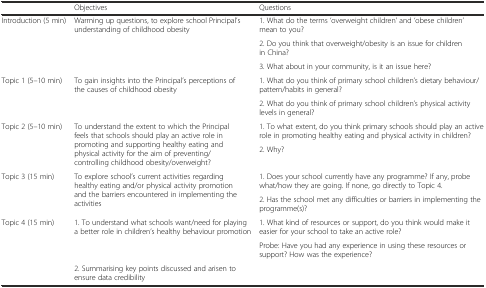
<table><thead><tr><td></td><td><b>Objectives</b></td><td><b>Questions</b></td></tr></thead><tbody><tr><td rowspan="3">Introduction (5 min)</td><td rowspan="3">Warming up questions, to explore school Principal’s understanding of childhood obesity</td><td>1. What do the terms ‘overweight children’ and ‘obese children’ mean to you?</td></tr><tr><td>2. Do you think that overweight/obesity is an issue for children in China?</td></tr><tr><td>3. What about in your community, is it an issue here?</td></tr><tr><td rowspan="2">Topic 1 (5–10 min)</td><td rowspan="2">To gain insights into the Principal’s perceptions of the causes of childhood obesity</td><td>1. What do you think of primary school children’s dietary behaviour/pattern/habits in general?</td></tr><tr><td>2. What do you think of primary school children’s physical activity levels in general?</td></tr><tr><td rowspan="2">Topic 2 (5–10 min)</td><td rowspan="2">To understand the extent to which the Principal feels that schools should play an active role in promoting and supporting healthy eating and physical activity for the aim of preventing/controlling childhood obesity/overweight?</td><td>1. To what extent, do you think primary schools should play an active role in promoting healthy eating and physical activity in children?</td></tr><tr><td>2. Why?</td></tr><tr><td rowspan="2">Topic 3 (15 min)</td><td rowspan="2">To explore school’s current activities regarding healthy eating and/or physical activity promotion and the barriers encountered in implementing the activities</td><td>1. Does your school currently have any programme? If any, probe what/how they are going. If none, go directly to Topic 4.</td></tr><tr><td>2. Has the school met any difficulties or barriers in implementing the programme(s)?</td></tr><tr><td rowspan="3">Topic 4 (15 min)</td><td rowspan="2">1. To understand what schools want/need for playing a better role in children’s healthy behaviour promotion</td><td>1. What kind of resources or support, do you think would make it easier for your school to take an active role?</td></tr><tr><td>Probe: Have you had any experience in using these resources or support? How was the experience?</td></tr><tr><td>2. Summarising key points discussed and arisen to ensure data credibility</td><td></td></tr></tbody></table>